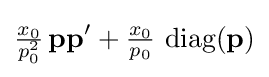
{\tfrac {x_{0}}{p_{0}^{2}}}\,\mathbf {pp} '+{\tfrac {x_{0}}{p_{0}}}\,\operatorname {diag} (\mathbf {p} )